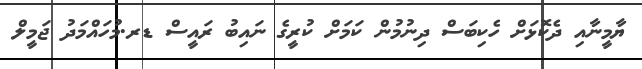
ޔާމީނާއި ދެކޮޅަށް ހެކިބަސް ދިނުމުން ކަމަށް ކުރީގެ ނައިބު ރައީސް ޑރ.މުހައްމަދު ޖަމީލް